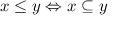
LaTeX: x \leq y \Leftrightarrow x \subseteq y